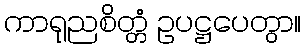
ကာရုညစိတ္တံ ဥပဋ္ဌပေတွာ။